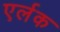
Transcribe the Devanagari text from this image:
एर्लक